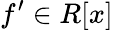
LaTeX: f^{\prime}\in R[x]